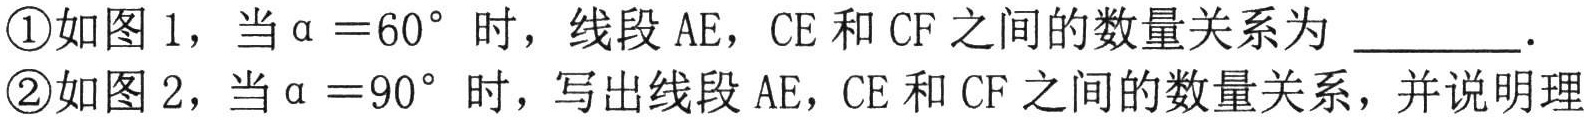
\textcircled{1}如图 1，当$\alpha = 60^{\circ}$时，线段 AE，CE 和 CF 之间的数量关系为  ．
\textcircled{2}如图 2，当$\alpha = 90^{\circ}$时，写出线段 AE，CE 和 CF 之间的数量关系，并说明理